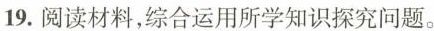
19.阅读材料，综合运用所学知识探究问题。